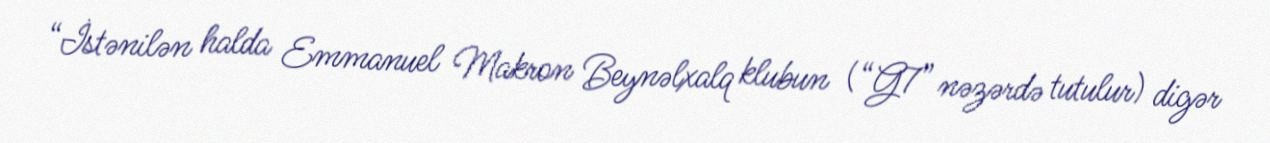
“İstənilən halda Emmanuel Makron Beynəlxalq klubun (“G7” nəzərdə tutulur) digər